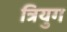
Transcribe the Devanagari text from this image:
त्रियुग